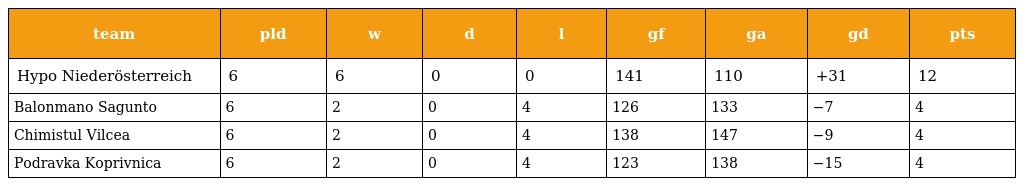
| team | pld | w | d | l | gf | ga | gd | pts |
 | --- | --- | --- | --- | --- | --- | --- | --- | --- |
 | Hypo Niederösterreich | 6 | 6 | 0 | 0 | 141 | 110 | +31 | 12 |
 | Balonmano Sagunto | 6 | 2 | 0 | 4 | 126 | 133 | −7 | 4 |
 | Chimistul Vilcea | 6 | 2 | 0 | 4 | 138 | 147 | −9 | 4 |
 | Podravka Koprivnica | 6 | 2 | 0 | 4 | 123 | 138 | −15 | 4 |